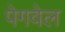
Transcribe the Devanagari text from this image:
पेगवेल